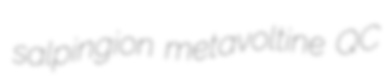
salpingion metavoltine QC